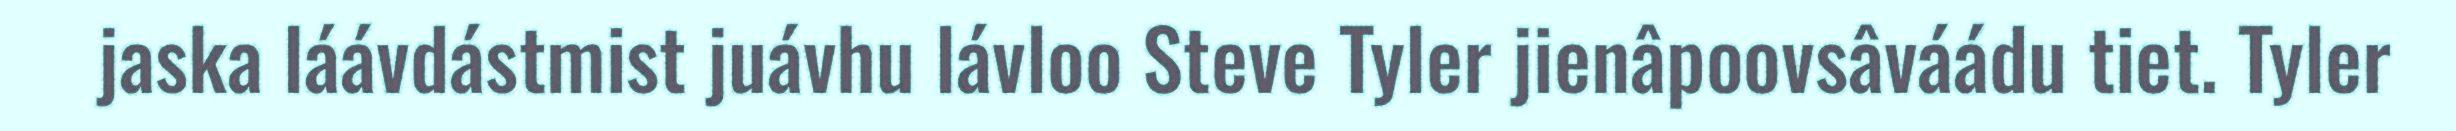
jaska láávdástmist juávhu lávloo Steve Tyler jienâpoovsâváádu tiet. Tyler